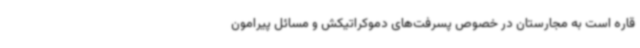
قاره است به مجارستان در خصوص پسرفت‌های دموکراتیکش و مسائل پیرامون